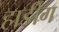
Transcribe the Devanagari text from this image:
हार्डींग